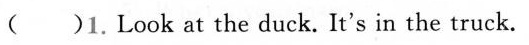
( )1.Look at the duck. It's in the truck.